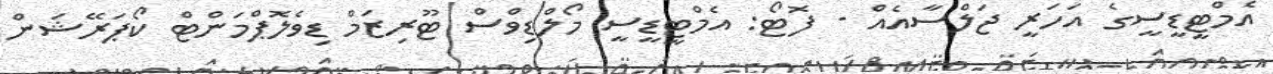
އެމްޓީޑީސީގެ އަހަރީ ޖަލްސާއެއް - ފޮޓޯ: އެމްޓީޑީސީ މޯލްޑިވްސް ޓޫރިޒަމް ޑިވެލޮޕްމަންޓް ކޯޕަރޭޝަން